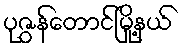
ပုဇွန်တောင်မြို့နယ်